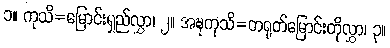
၁။ ကုသိ=မြောင်းရှည်လွှာ၊ ၂။ အဍ္ဎကုသိ=တရုတ်မြောင်းတိုလွှာ၊ ၃။